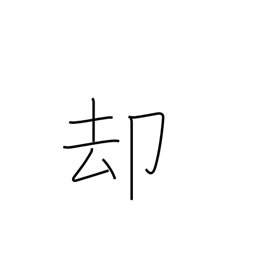
Meaning: withdraw